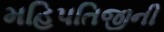
મહિપતિજીની